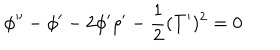
\phi ^ { \prime \prime } - \phi ^ { \prime } - 2 \phi ^ { \prime } \rho ^ { \prime } - \frac { 1 } { 2 } ( T ^ { \prime } ) ^ { 2 } = 0